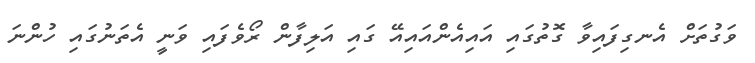
ވަގުތަށް އެނގިފައިވާ ގޮތުގައި އައިއެންއައިއޭ ގައި އަލިފާން ރޯވެފައި ވަނީ އެތަނުގައި ހުންނަ